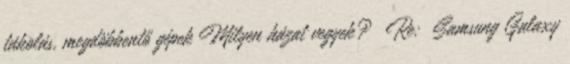
tákolás, megdöbbentő gépek Milyen házat vegyek? Re: Samsung Galaxy